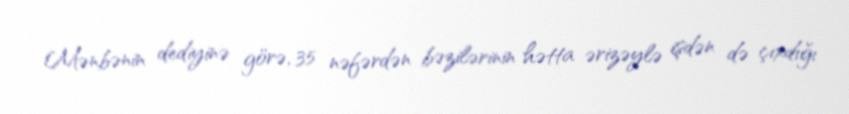
Mənbənin dediyinə görə, 35 nəfərdən bəzilərinin hətta ərizəylə işdən də çıxdığı